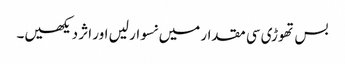
بس تھوڑی سی مقدار میں نسوار لیں اور اثر دیکھیں۔